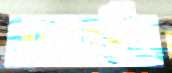
সমাজকর্মীরা